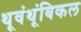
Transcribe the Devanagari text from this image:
थूवंथूंबिकल